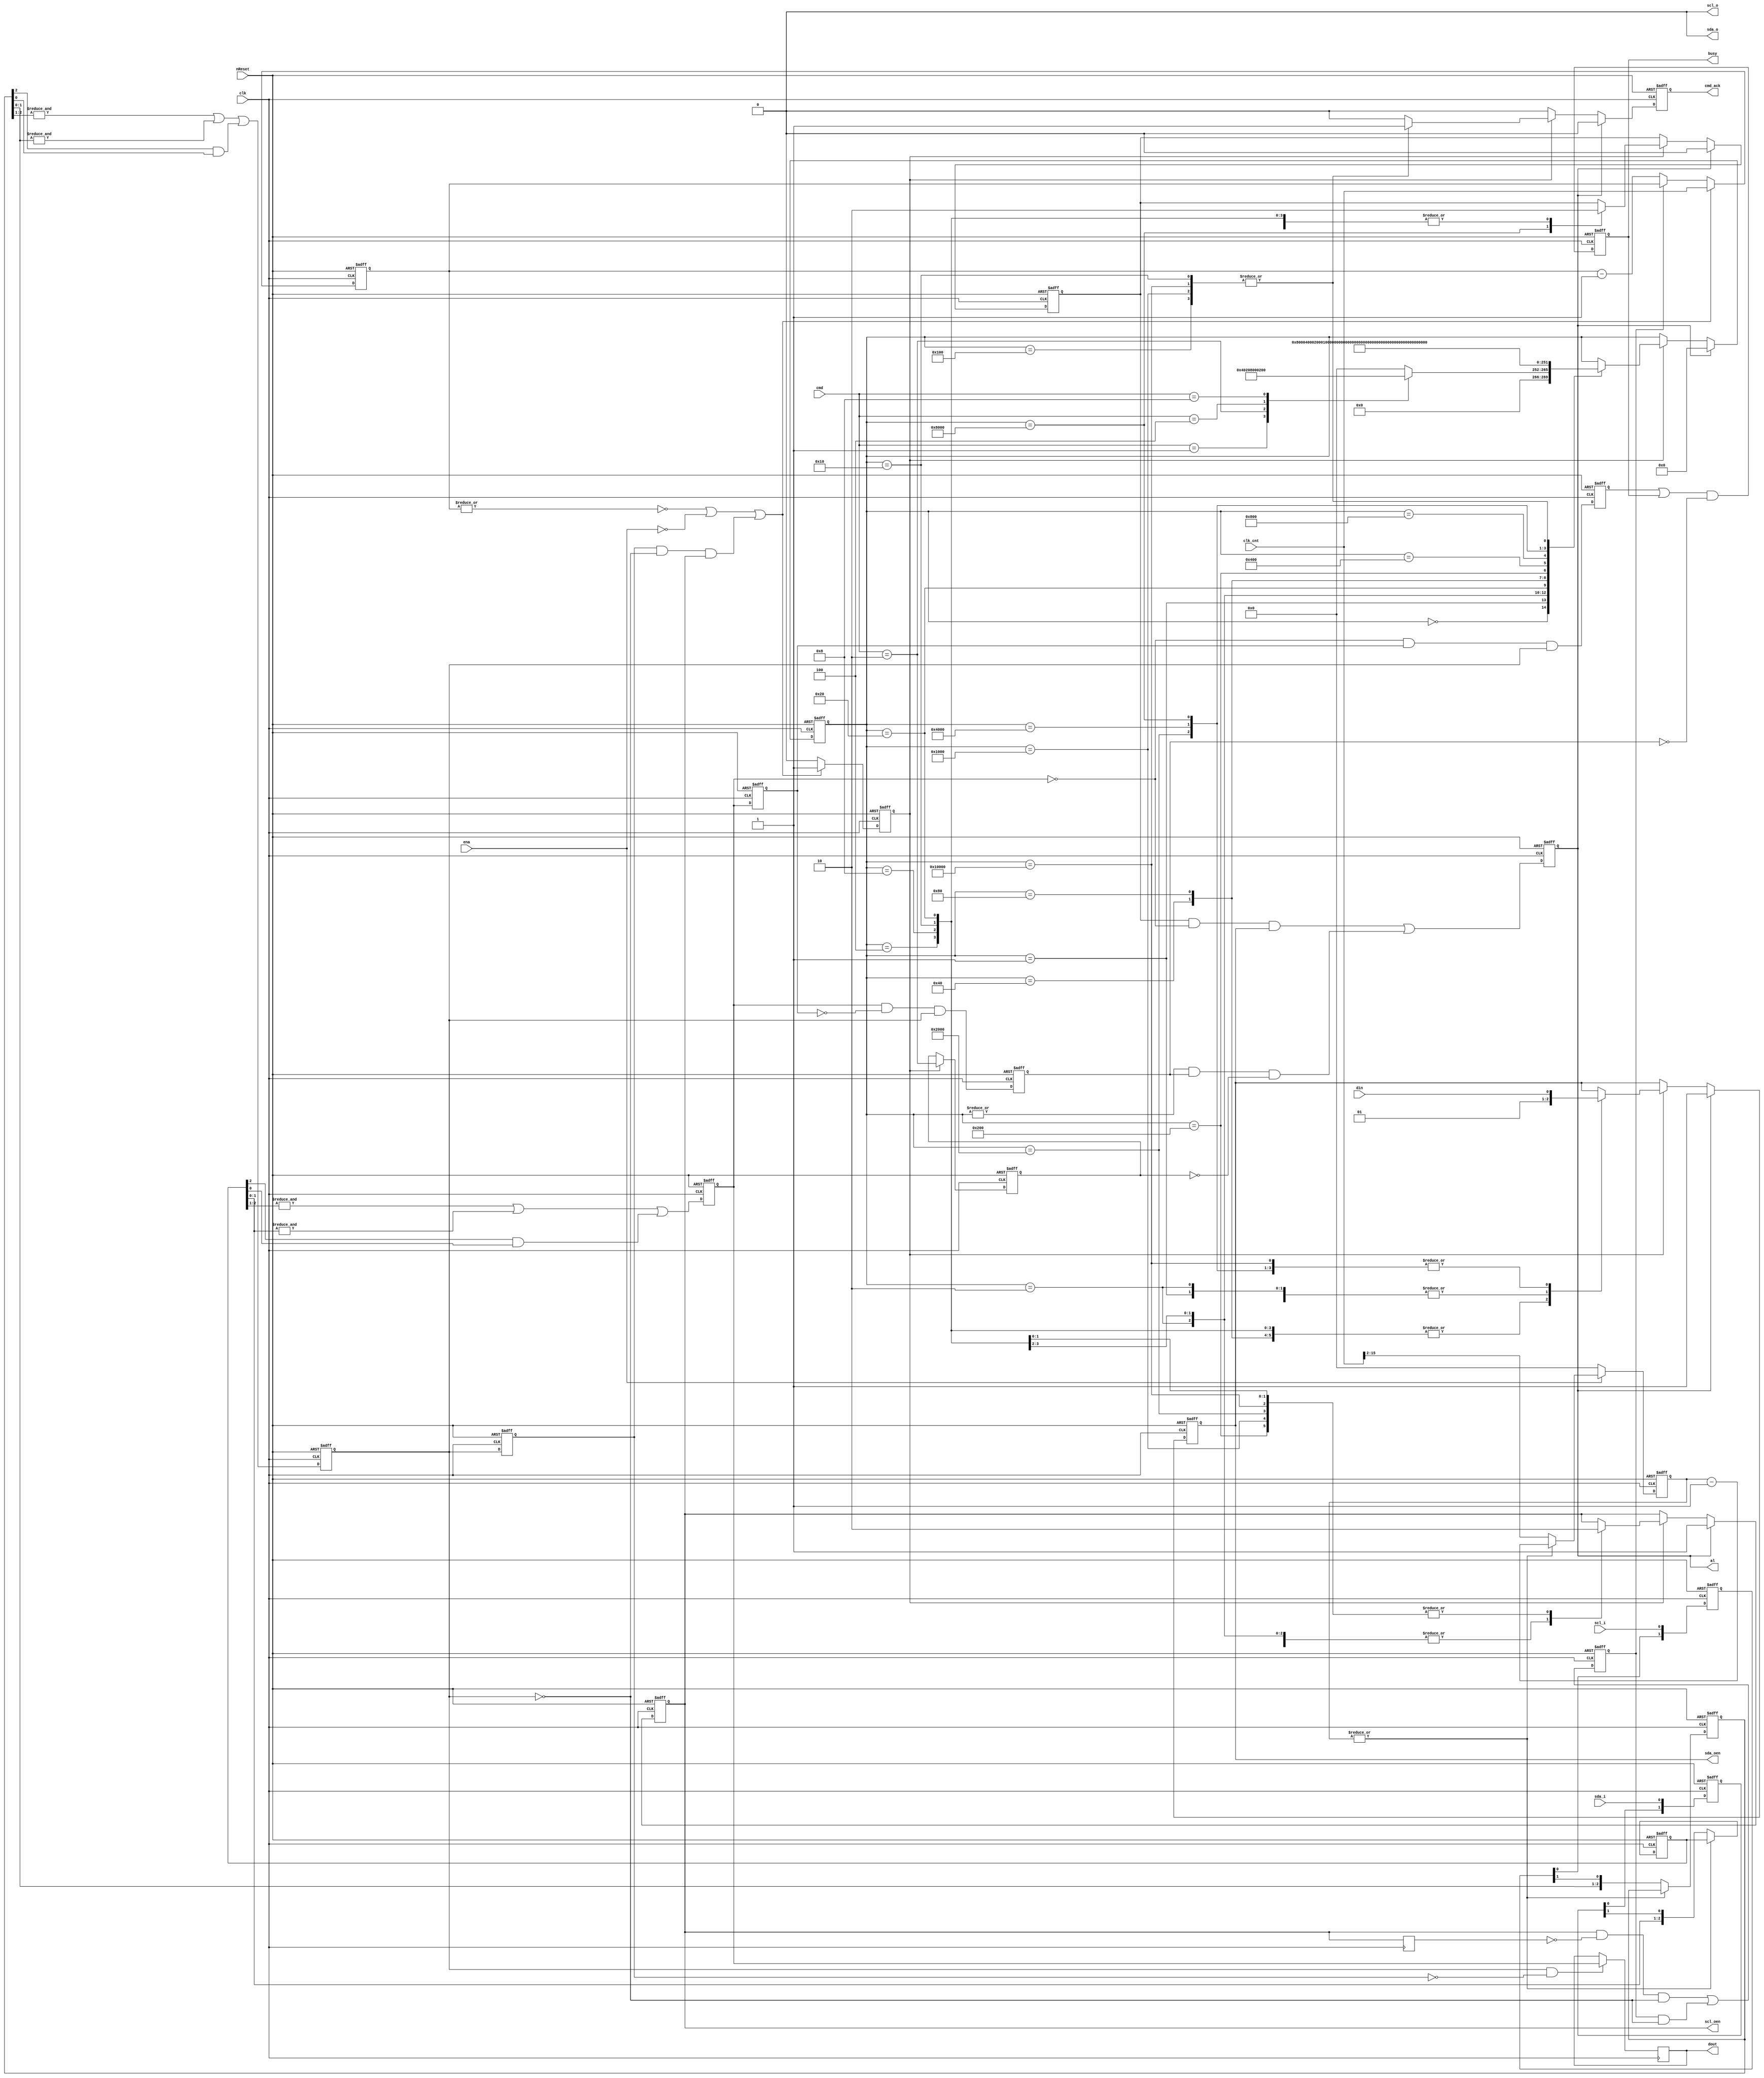
module i2c_master_bit_ctrl (
	clk,
	nReset,
	ena,
	clk_cnt,
	cmd,
	cmd_ack,
	busy,
	al,
	din,
	dout,
	scl_i,
	scl_o,
	scl_oen,
	sda_i,
	sda_o,
	sda_oen
);
	input clk;
	input nReset;
	input ena;
	input [15:0] clk_cnt;
	input [3:0] cmd;
	output reg cmd_ack;
	output reg busy;
	output reg al;
	input din;
	output reg dout;
	input scl_i;
	output wire scl_o;
	output reg scl_oen;
	input sda_i;
	output wire sda_o;
	output reg sda_oen;
	reg [1:0] cSCL;
	reg [1:0] cSDA;
	reg [2:0] fSCL;
	reg [2:0] fSDA;
	reg sSCL;
	reg sSDA;
	reg dSCL;
	reg dSDA;
	reg dscl_oen;
	reg sda_chk;
	reg clk_en;
	reg slave_wait;
	reg [15:0] cnt;
	reg [13:0] filter_cnt;
	reg [17:0] c_state;
	always @(posedge clk) dscl_oen <= scl_oen;
	always @(posedge clk or negedge nReset)
		if (!nReset)
			slave_wait <= 1'b0;
		else
			slave_wait <= ((scl_oen & ~dscl_oen) & ~sSCL) | (slave_wait & ~sSCL);
	wire scl_sync = (dSCL & ~sSCL) & scl_oen;
	always @(posedge clk or negedge nReset)
		if (~nReset) begin
			cnt <= 16'h0000;
			clk_en <= 1'b1;
		end
		else if ((~|cnt || !ena) || scl_sync) begin
			cnt <= clk_cnt;
			clk_en <= 1'b1;
		end
		else if (slave_wait) begin
			cnt <= cnt;
			clk_en <= 1'b0;
		end
		else begin
			cnt <= cnt - 16'h0001;
			clk_en <= 1'b0;
		end
	always @(posedge clk or negedge nReset)
		if (!nReset) begin
			cSCL <= 2'b00;
			cSDA <= 2'b00;
		end
		else begin
			cSCL <= {cSCL[0], scl_i};
			cSDA <= {cSDA[0], sda_i};
		end
	always @(posedge clk or negedge nReset)
		if (!nReset)
			filter_cnt <= 14'h0000;
		else if (!ena)
			filter_cnt <= 14'h0000;
		else if (~|filter_cnt)
			filter_cnt <= clk_cnt >> 2;
		else
			filter_cnt <= filter_cnt - 1;
	always @(posedge clk or negedge nReset)
		if (!nReset) begin
			fSCL <= 3'b111;
			fSDA <= 3'b111;
		end
		else if (~|filter_cnt) begin
			fSCL <= {fSCL[1:0], cSCL[1]};
			fSDA <= {fSDA[1:0], cSDA[1]};
		end
	always @(posedge clk or negedge nReset)
		if (~nReset) begin
			sSCL <= 1'b1;
			sSDA <= 1'b1;
			dSCL <= 1'b1;
			dSDA <= 1'b1;
		end
		else begin
			sSCL <= (&fSCL[2:1] | &fSCL[1:0]) | (fSCL[2] & fSCL[0]);
			sSDA <= (&fSDA[2:1] | &fSDA[1:0]) | (fSDA[2] & fSDA[0]);
			dSCL <= sSCL;
			dSDA <= sSDA;
		end
	reg sta_condition;
	reg sto_condition;
	always @(posedge clk or negedge nReset)
		if (~nReset) begin
			sta_condition <= 1'b0;
			sto_condition <= 1'b0;
		end
		else begin
			sta_condition <= (~sSDA & dSDA) & sSCL;
			sto_condition <= (sSDA & ~dSDA) & sSCL;
		end
	always @(posedge clk or negedge nReset)
		if (!nReset)
			busy <= 1'b0;
		else
			busy <= (sta_condition | busy) & ~sto_condition;
	reg cmd_stop;
	always @(posedge clk or negedge nReset)
		if (~nReset)
			cmd_stop <= 1'b0;
		else if (clk_en)
			cmd_stop <= cmd == 4'b0010;
	always @(posedge clk or negedge nReset)
		if (~nReset)
			al <= 1'b0;
		else
			al <= ((sda_chk & ~sSDA) & sda_oen) | ((|c_state & sto_condition) & ~cmd_stop);
	always @(posedge clk)
		if (sSCL & ~dSCL)
			dout <= sSDA;
	parameter [17:0] idle = 18'b000000000000000000;
	parameter [17:0] start_a = 18'b000000000000000001;
	parameter [17:0] start_b = 18'b000000000000000010;
	parameter [17:0] start_c = 18'b000000000000000100;
	parameter [17:0] start_d = 18'b000000000000001000;
	parameter [17:0] start_e = 18'b000000000000010000;
	parameter [17:0] stop_a = 18'b000000000000100000;
	parameter [17:0] stop_b = 18'b000000000001000000;
	parameter [17:0] stop_c = 18'b000000000010000000;
	parameter [17:0] stop_d = 18'b000000000100000000;
	parameter [17:0] rd_a = 18'b000000001000000000;
	parameter [17:0] rd_b = 18'b000000010000000000;
	parameter [17:0] rd_c = 18'b000000100000000000;
	parameter [17:0] rd_d = 18'b000001000000000000;
	parameter [17:0] wr_a = 18'b000010000000000000;
	parameter [17:0] wr_b = 18'b000100000000000000;
	parameter [17:0] wr_c = 18'b001000000000000000;
	parameter [17:0] wr_d = 18'b010000000000000000;
	always @(posedge clk or negedge nReset)
		if (!nReset) begin
			c_state <= idle;
			cmd_ack <= 1'b0;
			scl_oen <= 1'b1;
			sda_oen <= 1'b1;
			sda_chk <= 1'b0;
		end
		else if (al) begin
			c_state <= idle;
			cmd_ack <= 1'b0;
			scl_oen <= 1'b1;
			sda_oen <= 1'b1;
			sda_chk <= 1'b0;
		end
		else begin
			cmd_ack <= 1'b0;
			if (clk_en)
				case (c_state)
					idle: begin
						case (cmd)
							4'b0001: c_state <= start_a;
							4'b0010: c_state <= stop_a;
							4'b0100: c_state <= wr_a;
							4'b1000: c_state <= rd_a;
							default: c_state <= idle;
						endcase
						scl_oen <= scl_oen;
						sda_oen <= sda_oen;
						sda_chk <= 1'b0;
					end
					start_a: begin
						c_state <= start_b;
						scl_oen <= scl_oen;
						sda_oen <= 1'b1;
						sda_chk <= 1'b0;
					end
					start_b: begin
						c_state <= start_c;
						scl_oen <= 1'b1;
						sda_oen <= 1'b1;
						sda_chk <= 1'b0;
					end
					start_c: begin
						c_state <= start_d;
						scl_oen <= 1'b1;
						sda_oen <= 1'b0;
						sda_chk <= 1'b0;
					end
					start_d: begin
						c_state <= start_e;
						scl_oen <= 1'b1;
						sda_oen <= 1'b0;
						sda_chk <= 1'b0;
					end
					start_e: begin
						c_state <= idle;
						cmd_ack <= 1'b1;
						scl_oen <= 1'b0;
						sda_oen <= 1'b0;
						sda_chk <= 1'b0;
					end
					stop_a: begin
						c_state <= stop_b;
						scl_oen <= 1'b0;
						sda_oen <= 1'b0;
						sda_chk <= 1'b0;
					end
					stop_b: begin
						c_state <= stop_c;
						scl_oen <= 1'b1;
						sda_oen <= 1'b0;
						sda_chk <= 1'b0;
					end
					stop_c: begin
						c_state <= stop_d;
						scl_oen <= 1'b1;
						sda_oen <= 1'b0;
						sda_chk <= 1'b0;
					end
					stop_d: begin
						c_state <= idle;
						cmd_ack <= 1'b1;
						scl_oen <= 1'b1;
						sda_oen <= 1'b1;
						sda_chk <= 1'b0;
					end
					rd_a: begin
						c_state <= rd_b;
						scl_oen <= 1'b0;
						sda_oen <= 1'b1;
						sda_chk <= 1'b0;
					end
					rd_b: begin
						c_state <= rd_c;
						scl_oen <= 1'b1;
						sda_oen <= 1'b1;
						sda_chk <= 1'b0;
					end
					rd_c: begin
						c_state <= rd_d;
						scl_oen <= 1'b1;
						sda_oen <= 1'b1;
						sda_chk <= 1'b0;
					end
					rd_d: begin
						c_state <= idle;
						cmd_ack <= 1'b1;
						scl_oen <= 1'b0;
						sda_oen <= 1'b1;
						sda_chk <= 1'b0;
					end
					wr_a: begin
						c_state <= wr_b;
						scl_oen <= 1'b0;
						sda_oen <= din;
						sda_chk <= 1'b0;
					end
					wr_b: begin
						c_state <= wr_c;
						scl_oen <= 1'b1;
						sda_oen <= din;
						sda_chk <= 1'b0;
					end
					wr_c: begin
						c_state <= wr_d;
						scl_oen <= 1'b1;
						sda_oen <= din;
						sda_chk <= 1'b1;
					end
					wr_d: begin
						c_state <= idle;
						cmd_ack <= 1'b1;
						scl_oen <= 1'b0;
						sda_oen <= din;
						sda_chk <= 1'b0;
					end
				endcase
		end
	assign scl_o = 1'b0;
	assign sda_o = 1'b0;
endmodule